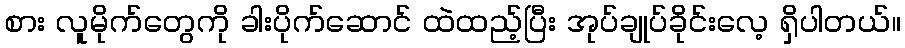
စား လူမိုက်တွေကို ခါးပိုက်ဆောင် ထဲထည့်ပြီး အုပ်ချုပ်ခိုင်းလေ့ ရှိပါတယ်။